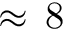
\approx \, 8